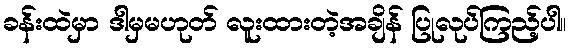
ခန်းထဲမှာ ဒါမှမဟုတ် လူးထားတဲ့အချိန် ပြုလုပ်ကြည့်ပါ။